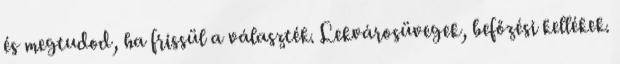
és megtudod, ha frissül a választék. Lekvárosüvegek, befőzési kellékek.